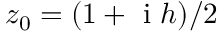
z _ { 0 } = ( 1 + \mathrm { ~ i ~ } h ) / 2